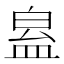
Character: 𥁬